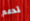
تدعم